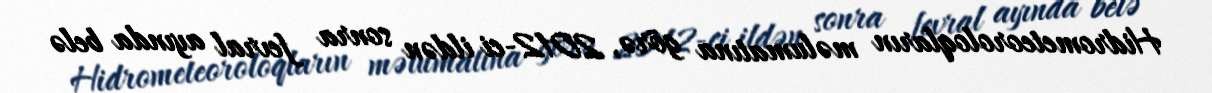
Hidrometeoroloqların məlumatına görə, 2012-ci ildən sonra fevral ayında belə